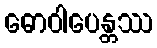
ဓောဝါပေန္တဿ